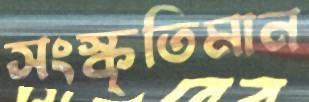
সংস্কৃতিমান